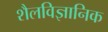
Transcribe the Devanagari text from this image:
शैलविज्ञानिक